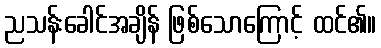
ညသန်းခေါင်အချိန် ဖြစ်သောကြောင့် ထင်၏။